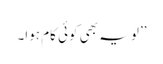
’’لو یہ بھی کوئی کام ہوا۔